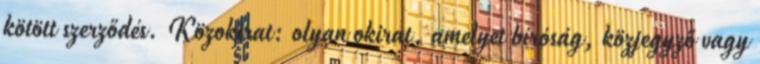
kötött szerződés. Közokirat: olyan okirat, amelyet bíróság, közjegyző vagy